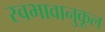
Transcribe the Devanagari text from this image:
स्वभावानुकूल